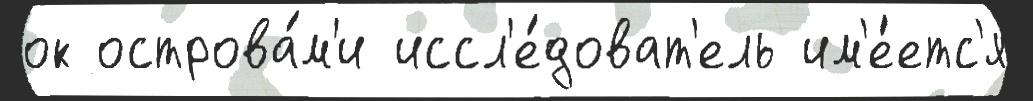
ок острова́м'и иссл'е́доват'ель им'е́етс'я